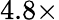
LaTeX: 4.8\times